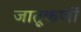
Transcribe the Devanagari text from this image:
जातूकर्णी